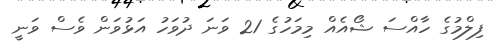
ފިލްމުގެ ހާއްސަ ޝޯއެއް މިމަހުގެ 21 ވަނަ ދުވަހު އަޅުވަން ވެސް ވަނީ